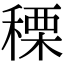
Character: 𥠲